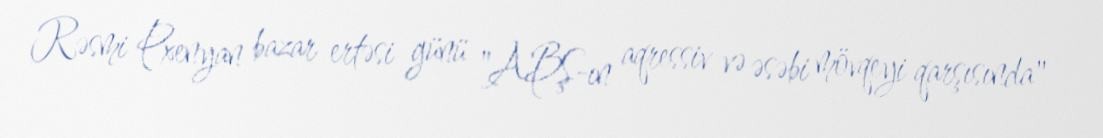
Rəsmi Pxenyan bazar ertəsi günü "ABŞ-ın aqressiv və əsəbi mövqeyi qarşısında"